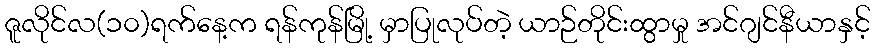
ဇူလိုင်လ(၁၀)ရက်နေ့က ရန်ကုန်မြို့ မှာပြုလုပ်တဲ့ ယာဉ်တိုင်းထွာမှု အင်ဂျင်နီယာနှင့်